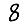
Digit: 8